Indian journal of veterinary science and animal husbandry - Volume 8,
Year: 1938
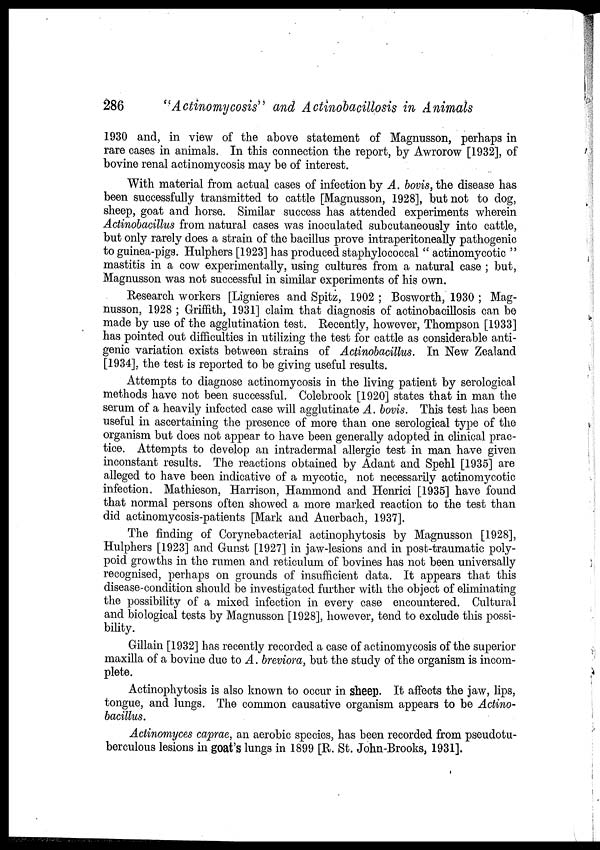
286
"Actinomycosis" and Actinobacillosis in Animals
1930 and, in view of the above statement of Magnusson, perhaps in
rare cases in animals. In this connection the report, by Awrorow [1932], of
bovine renal actinomycosis may be of interest.
With material from actual cases of infection by A. bovis, the disease has
been successfully transmitted to cattle [Magnusson, 1928], but not to dog,
sheep, goat and horse. Similar success has attended experiments wherein
Actinobacillus from natural cases was inoculated subcutaneously into cattle,
but only rarely does a strain of the bacillus prove intraperitoneally pathogenic
to guinea-pigs. Hulphers [1923] has produced staphylococcal " actinomycotic "
mastitis in a cow experimentally, using cultures from a natural case ; but,
Magnusson was not successful in similar experiments of his own.
Research workers [Lignieres and Spitz, 1902 ; Bosworth, 1930 ; Mag-
nusson, 1928 ; Griffith, 1931] claim that diagnosis of actinobacillosis can be
made by use of the agglutination test. Recently, however, Thompson [1933]
has pointed out difficulties in utilizing the test for cattle as considerable anti-
genic variation exists between strains of Actinobacillus. In New Zealand
[1934], the test is reported to be giving useful results.
Attempts to diagnose actinomycosis in the living patient by serological
methods have not been successful. Colebrook [1920] states that in man the
serum of a heavily infected case will agglutinate A. bovis. This test has been
useful in ascertaining the presence of more than one serological type of the
organism but does not appear to have been generally adopted in clinical prac-
tice. Attempts to develop an intradermal allergic test in man have given
inconstant results. The reactions obtained by Adant and Spehl [1935] are
alleged to have been indicative of a mycotic, not necessarily actinomycotic
infection. Mathieson, Harrison, Hammond and Henrici [1935] have found
that normal persons often showed a more marked reaction to the test than
did actinomycosis-patients [Mark and Auerbach, 1937].
The finding of Corynebacterial actinophytosis by Magnusson [1928],
Hulphers [1923] and Gunst [1927] in jaw-lesions and in post-traumatic poly-
poid growths in the rumen and reticulum of bovines has not been universally
recognised, perhaps on grounds of insufficient data. It appears that this
disease-condition should be investigated further with the object of eliminating
the possibility of a mixed infection in every case encountered. Cultural
and biological tests by Magnusson [1928], however, tend to exclude this possi-
bility.
Gillain [1932] has recently recorded a case of actinomycosis of the superior
maxilla of a bovine due to A. breviora, but the study of the organism is incom-
plete.
Actinophytosis is also known to occur in sheep. It affects the jaw, lips,
tongue, and lungs. The common causative organism appears to be Actino-
bacillus.
Actinomyces caprae, an aerobic species, has been recorded from pseudotu-
berculous lesions in goat's lungs in 1899 [R. St. John-Brooks, 1931].